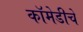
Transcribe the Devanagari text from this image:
कॉमेडीचे